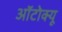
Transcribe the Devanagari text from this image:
ऑटोक्यू